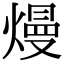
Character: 熳